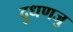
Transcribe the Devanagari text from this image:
दुधणजु